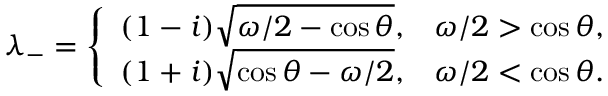
\lambda _ { - } = \left\{ \begin{array} { l l } { ( 1 - i ) \sqrt { \omega / 2 - \cos { \theta } } , } & { \omega / 2 > \cos { \theta } , } \\ { ( 1 + i ) \sqrt { \cos { \theta } - \omega / 2 } , } & { \omega / 2 < \cos { \theta } . } \end{array} \right.